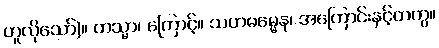
ဟူလိုသော်)။ တသ္မာ၊ ကြောင့်။ သဟဓမ္မေန၊ အကြောင်းနှင့်တကွ။